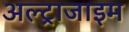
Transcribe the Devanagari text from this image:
अल्ट्राजाइम